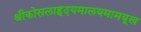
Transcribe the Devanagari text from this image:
श्रीकोसलाहृदयमालयमामयूख